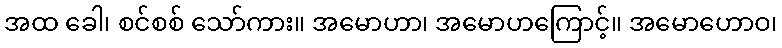
အထ ခေါ၊ စင်စစ် သော်ကား။ အမောဟာ၊ အမောဟကြောင့်။ အမောဟောဝ၊